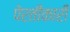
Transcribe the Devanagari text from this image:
पेरतीकारी